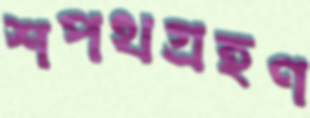
শপথগ্রহণ